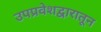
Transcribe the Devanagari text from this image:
उपप्रवेशद्वारातून